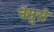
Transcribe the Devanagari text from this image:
नेमुरो